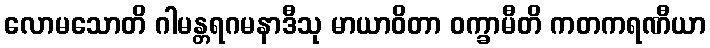
လောမသောတိ ဂါမန္တရဂမနာဒီသု မာယာဝိတာ ဝက္ခာမီတိ ကတကရဏီယာ